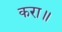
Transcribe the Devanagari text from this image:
करा॥